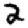
Digit: 2